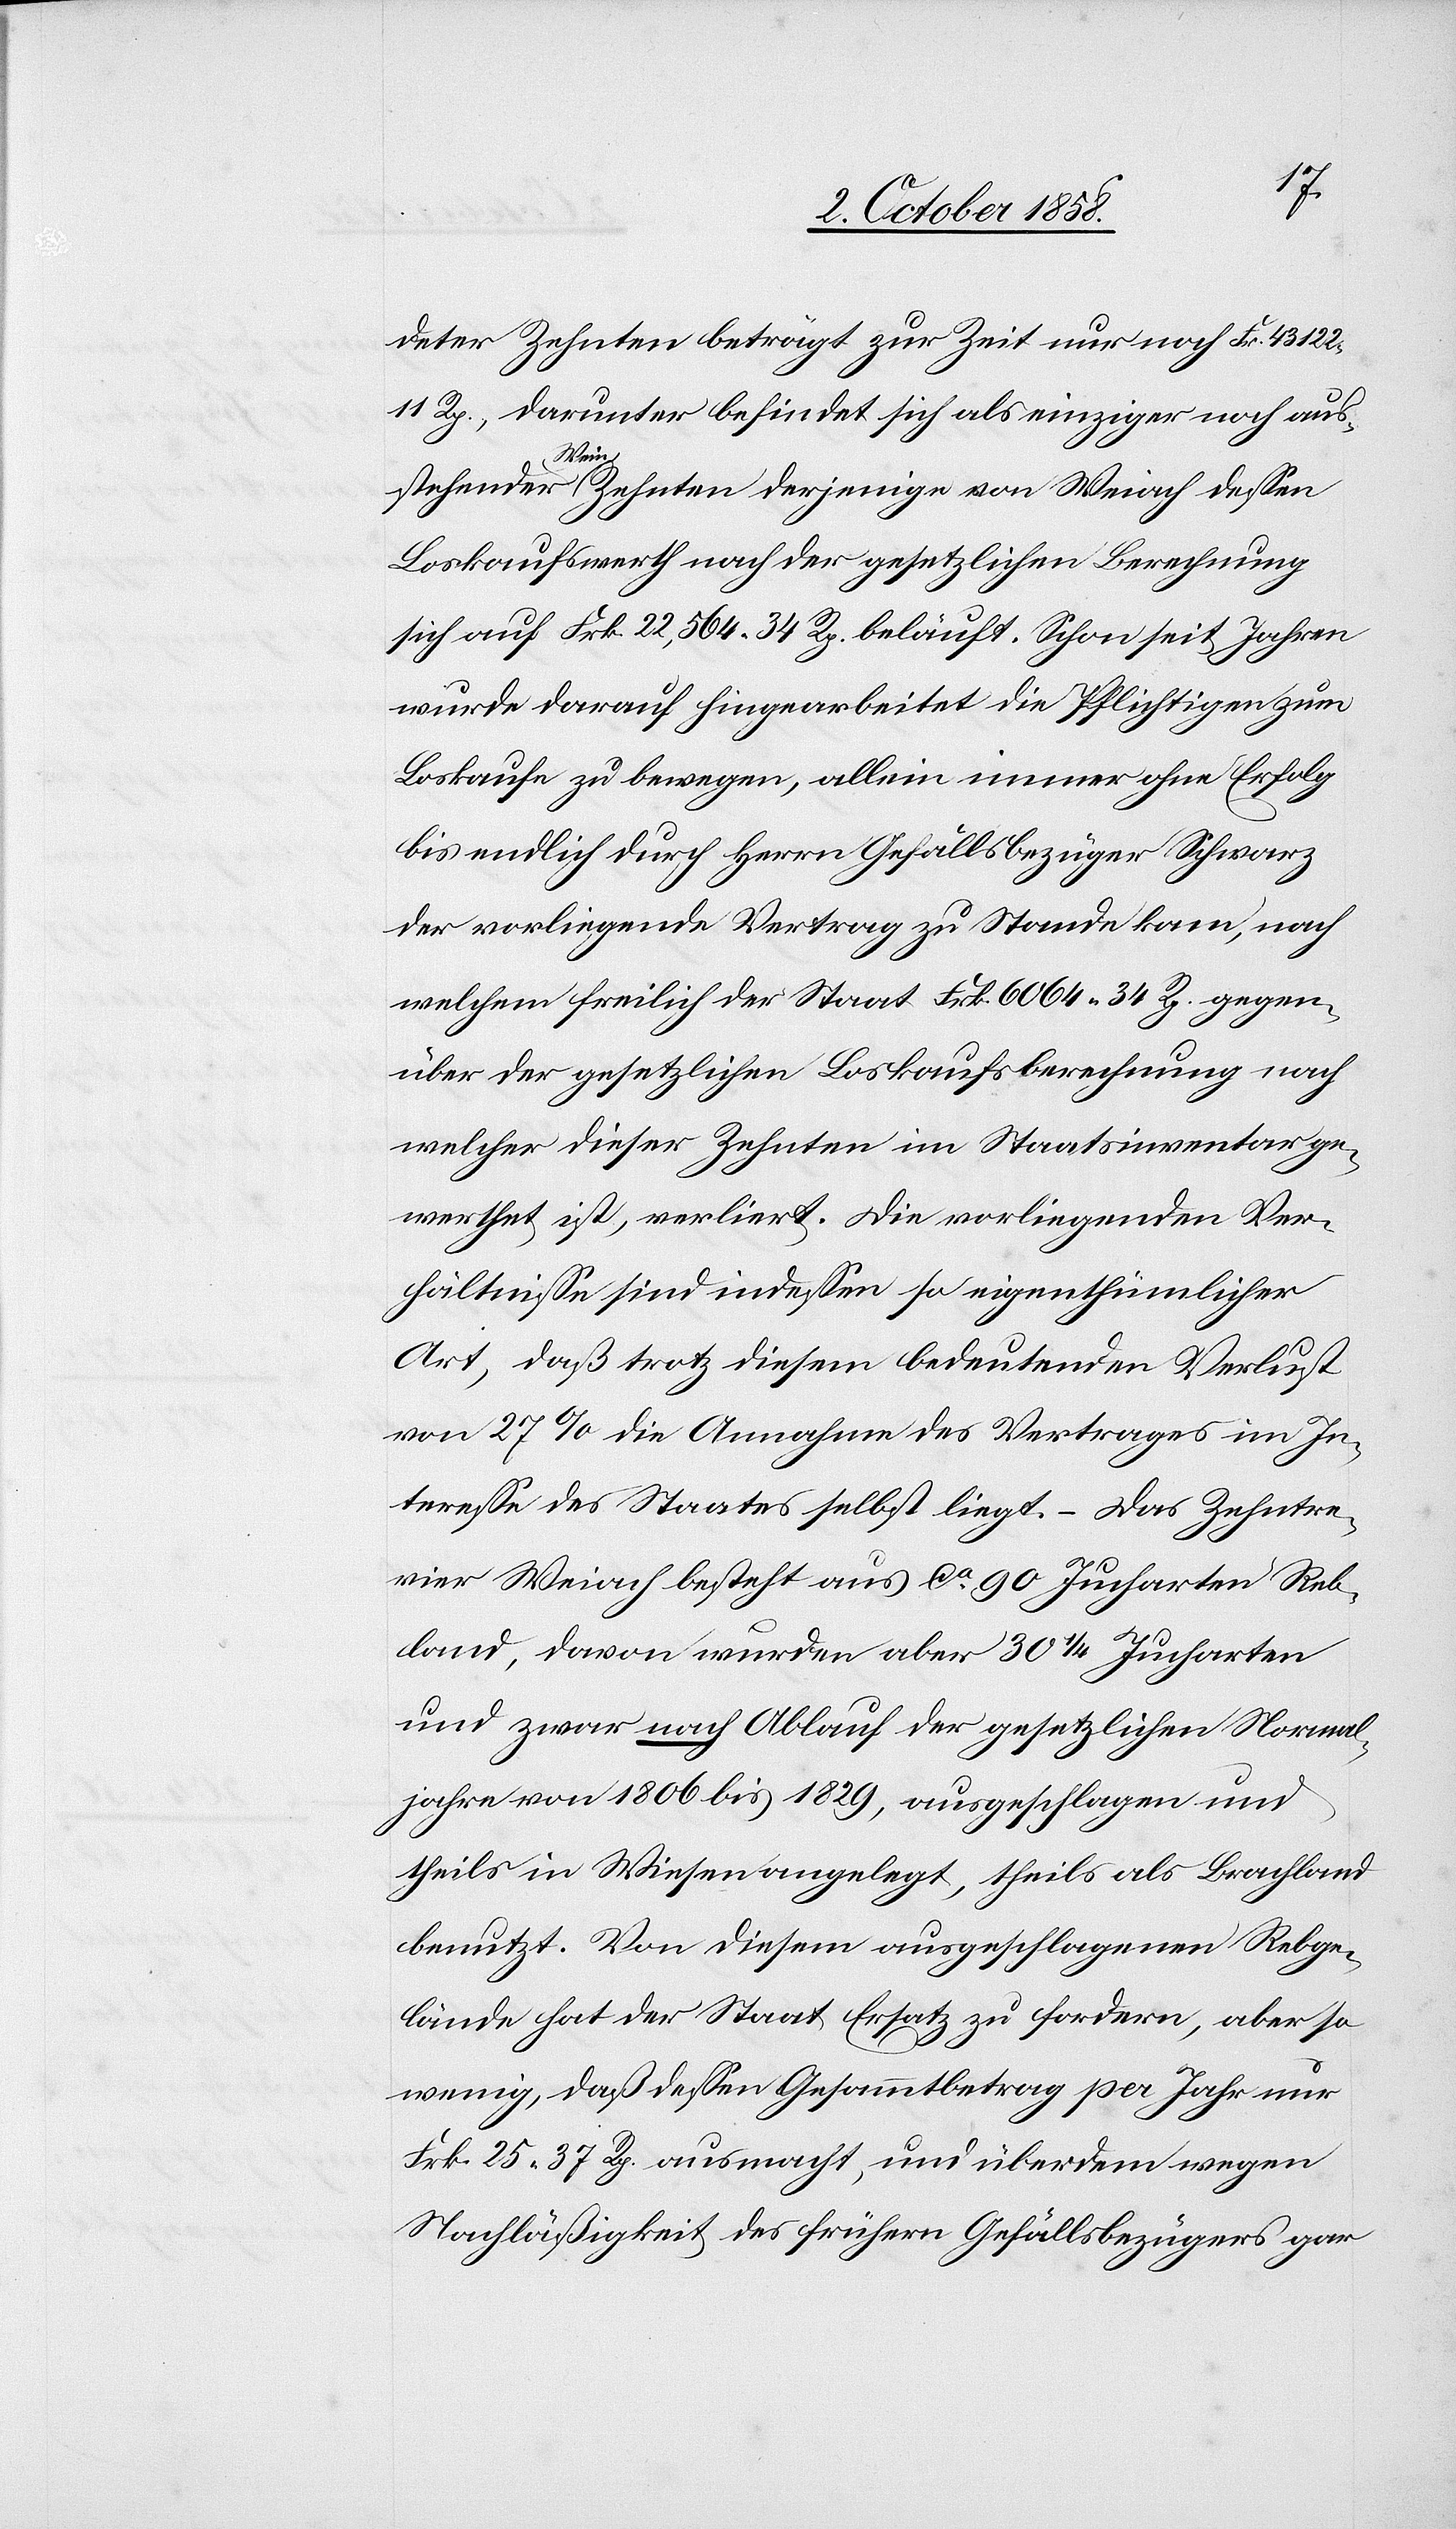
deter Zehnten beträgt zur Zeit nur noch Fr. 43 122.
11 Rp., darunter befindet sich als einziger noch aus¬
stehender Wein Zehnten derjenige von Weiach dessen
Loskaufswerth nach der gesetzlichen Berechnung
sich auf Frk. 22,564. 34 Rp. beläuft. Schon seit Jahren
wurde darauf hingearbeitet die Pflichtigen zum
Loskaufe zu bewegen, allein immer ohne Erfolg
bis endlich durch Herrn Gefällsbezüger Schwarz
der vorliegende Vertrag zu Stande kam, nach
welchem freilich der Staat Frk. 6064. 34 Rp. gegen¬
über der gesetzlichen Loskaufsberechnung nach
welcher dieser Zehnten im Staatsinventar ge¬
werthet ist, verliert. Die vorliegenden Ver¬
hältnisse sind indessen so eigenthümlicher
Art, daß trotz diesem bedeutenden Verlust
von 27% die Annahme des Vertrages im In¬
teresse des Staates selbst liegt. – Das Zehntre¬
vier Weiach besteht aus ca. 90 Jucharten Reb¬
land, davon wurden aber 30 1/4 Jucharten
und zwar nach Ablauf der gesetzlichen Normal¬
jahre von 1806 bis 1829, ausgeschlagen und
theils in Wiesen angelegt, theils als Brachland
benutzt. Von diesem ausgeschlagenen Rebge¬
lände hat der Staat Ersatz zu fordern, aber so
wenig, daß dessen Gesammtbetrag per Jahr nur
Frk. 25. 37 Rp. ausmacht, und überdem wegen
Nachläßigkeit des frühern Gefällsbezügers gar